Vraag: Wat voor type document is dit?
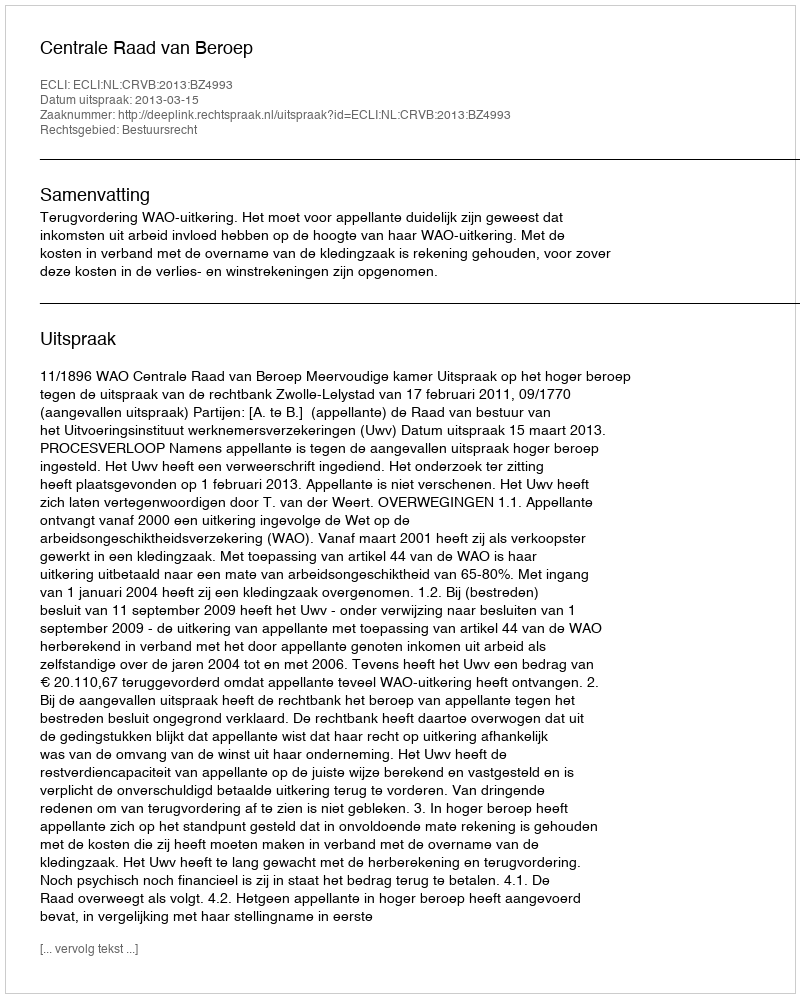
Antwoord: Uitspraak